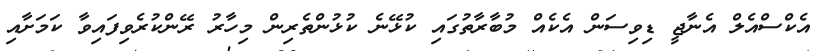
އެކްސްއެލް އެނާޖީ ޑިވިސަން އެކެއް މުބާރާތުގައި ކުޅޭނެ ކުޅުންތެރިން މިހާރު ރޭންކުރެވިފައިވާ ކަމަށާއި